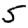
Digit: 5